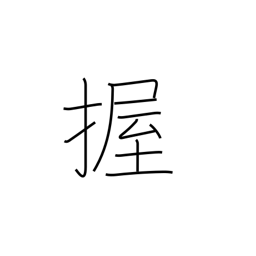
Meaning: grip